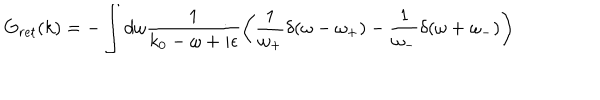
G _ { r e t } ( k ) = - \int d \omega \frac { 1 } { k _ { 0 } - \omega + i \epsilon } \left( \frac { 1 } { \omega _ { + } } \delta ( \omega - \omega _ { + } ) - \frac { 1 } { \omega _ { - } } \delta ( \omega + \omega _ { - } ) \right)